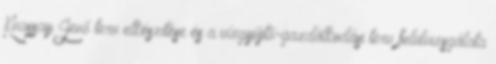
Kvassay Jenő terv elkészítése és a vízgyűjtő-gazdálkodási terv felülvizsgálata